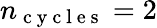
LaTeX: n_{\mathrm{~c~y~c~l~e~s~}}=2